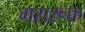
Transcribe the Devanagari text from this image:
मसरूफ